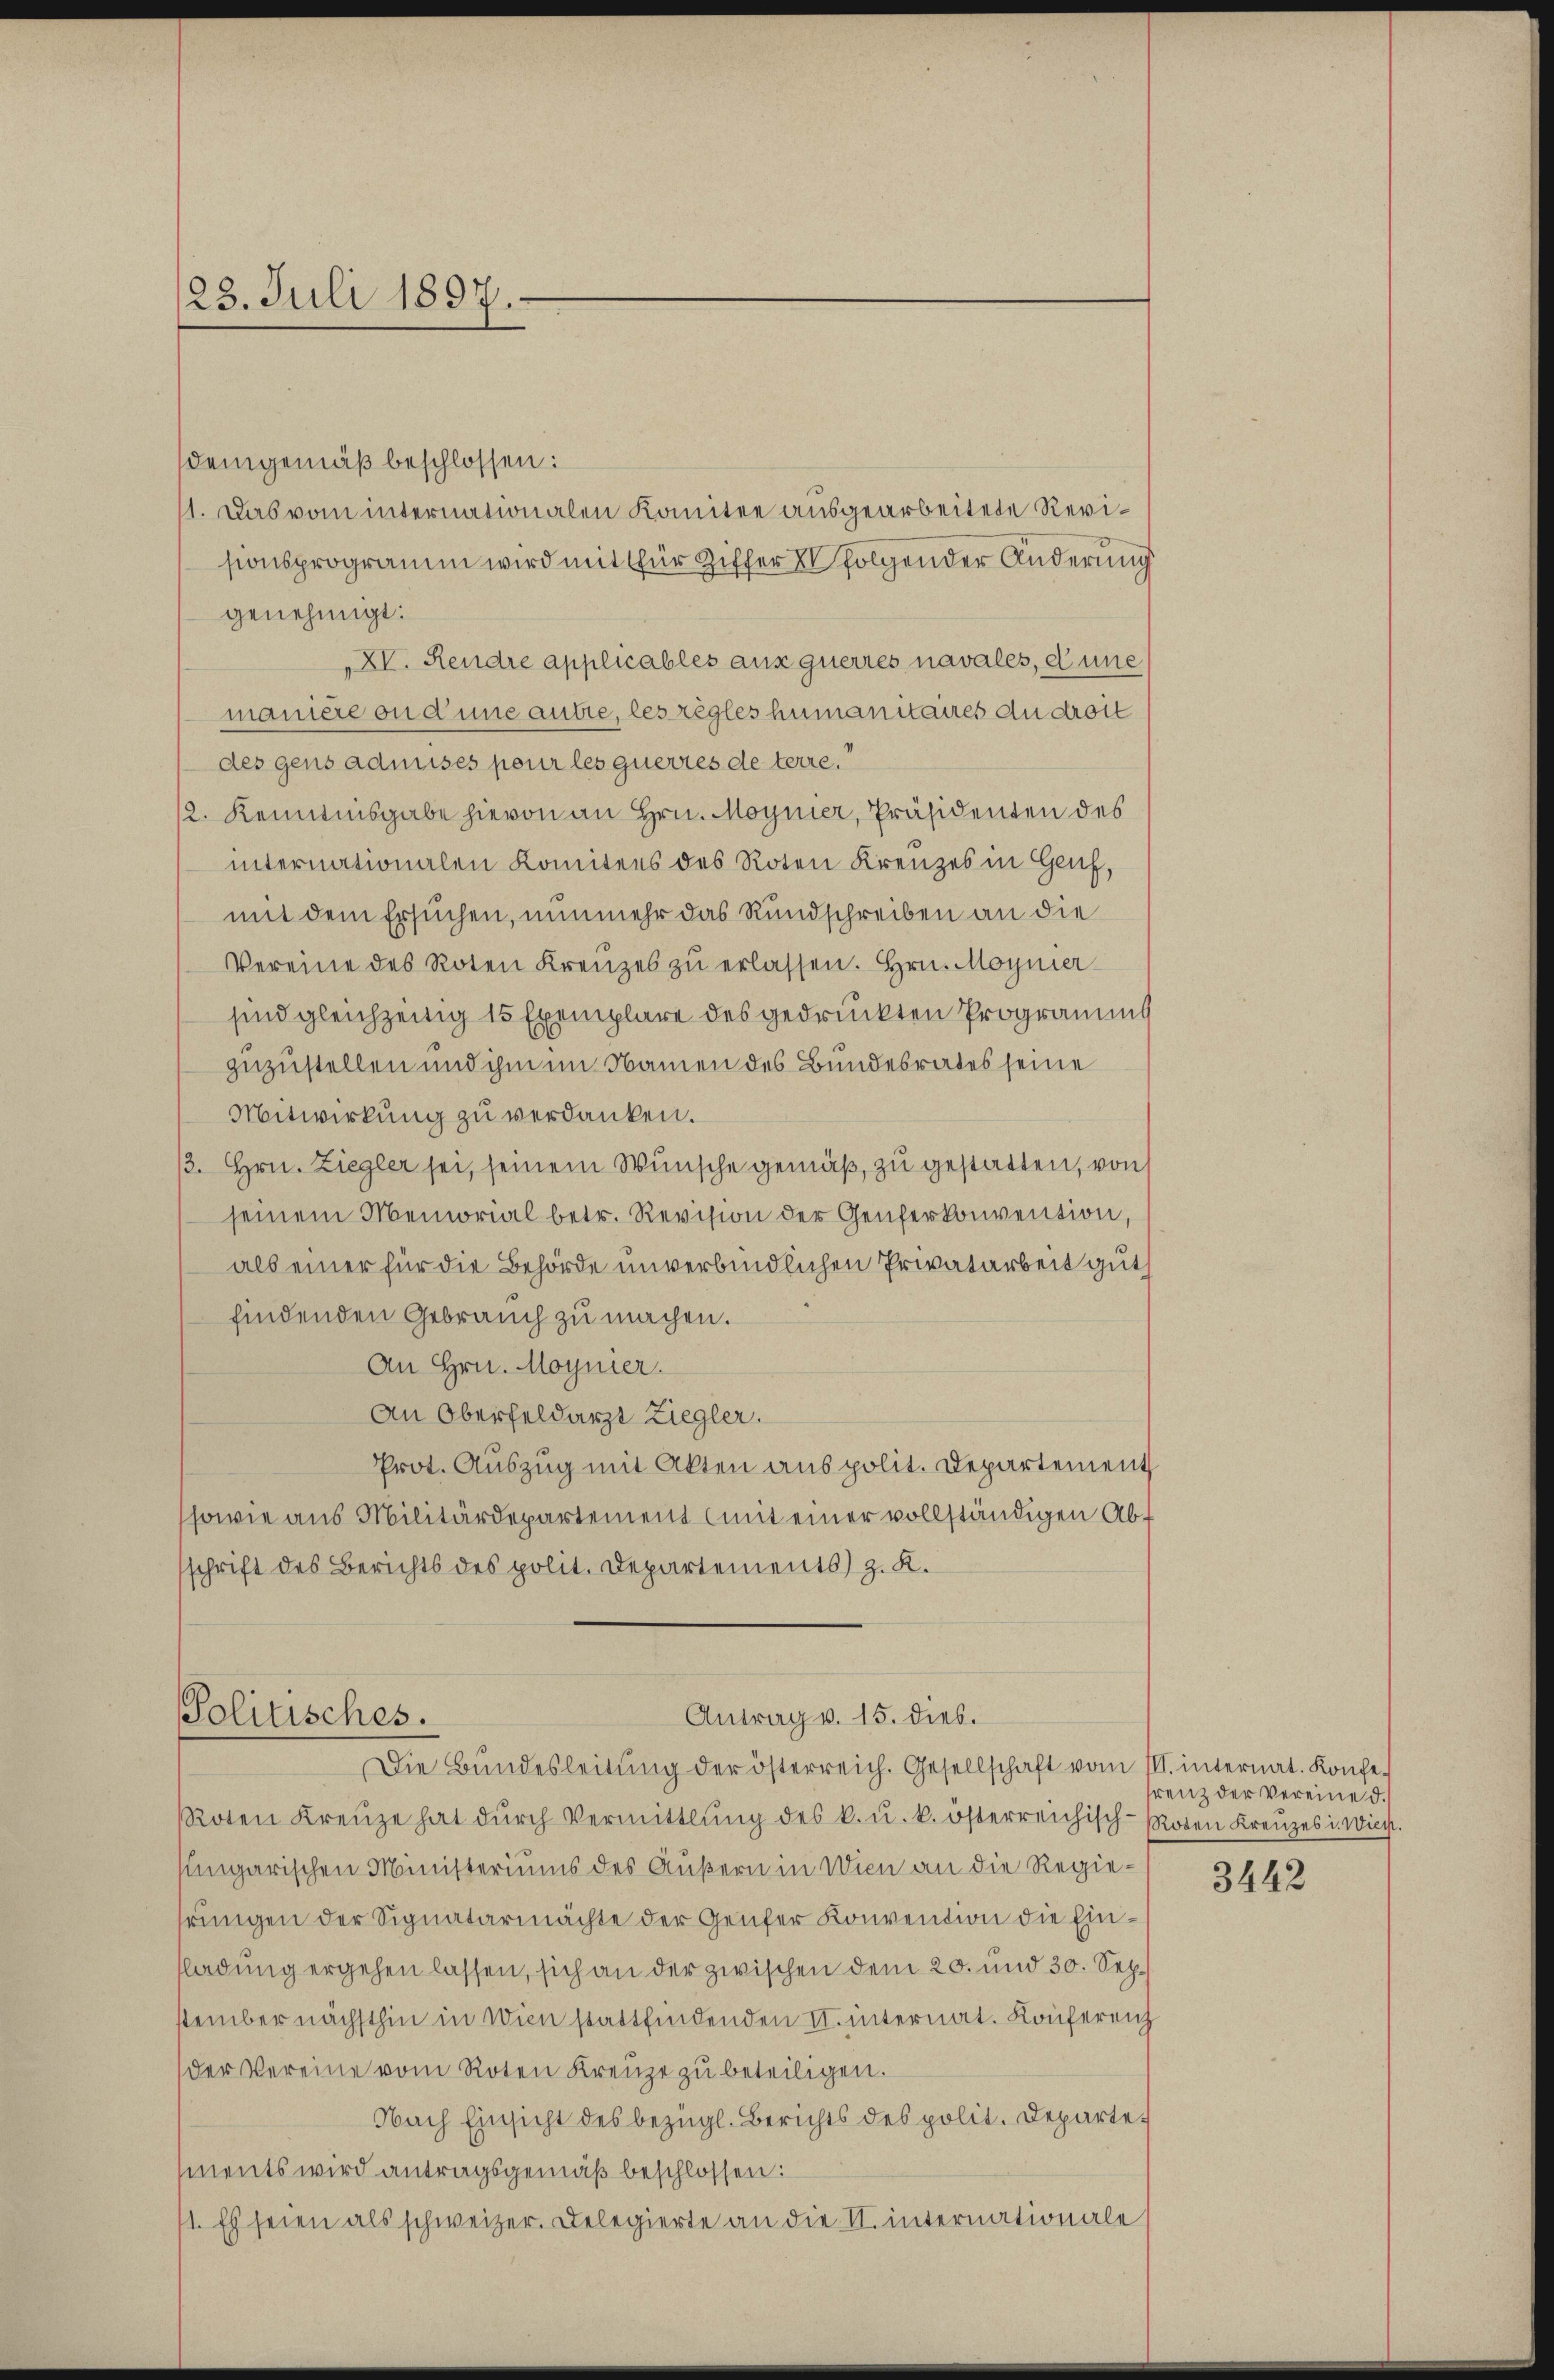
23. Juli 1897.

demgemäß beschlossen:
11. Das vom internationalen Komitee ausgearbeitete Revisionsprogramm wird mit für Ziffer folgen der Änderung
genehmigt:
XV. Rendre applicables aus querres navales, eine
manière ou d’une autre, les règles humanitaires du droit
des gens admises pour les querres de terre.
2. Kenntnisgabe hievon an Hrn. Moynier, Präsidenten des
internationalen Komitees des Roten Kreuzes in Genf,
mit dem Ersuchen, nunmehr das Rundschreiben an die
Vereine des Roten Kreuzes zŭ erlassen. Hrn. Moyner-
sind gleichzeitig 15 Exemplare des gedruckten Programms
zuzustellen und ihm im Namen des Bundesrates seine
Mitwirkung zu verdanken.
/3. Hrn. Ziegler sei, seinem Wunsche gemäß, zu gestatten, von
seinem Memorial betr. Revision der Genferkonvention,
als einer für die Behörde unverbindlichen Privatarbeit gut
findenden Gebrauch zu machen.
An Hrn. Moynier.
An Oberfeldarzt Ziegler.
Prot. Auszug mit Akten aus polit. Departement
sowie aus Militärdepartement (mit einer vollständigen Abschrift des Berichts des polit. Departements) z. K.

Politisches.
Antrag v. 15. dies.

Die Bundesleitung der österreich. Gesellschaft vom III. internat. Konfe-
Roten Kreŭze hat dŭrch Vermittlung des k. u. k. österreichisch-Roten Kreuzes i. Wies.
sungarischen Ministeriums des Äußern in Wien an die Regiehrungen der Signatarmachte der Genfer Konvention die Einfladung ergehen lassen, sich an der zwischen dem 20. und 30. Sep.
stember nächsthin in Wien stattfindenden II. internat. Konferenz
der Vereine vom Roten Kreuze zu beteiligen.
Nach Einsicht des bezügl. Berichts des polit. Departements wird antragsgemäß beschlossen:
1. Es seien als schweizer. Delegierte an die II. internationale

renz der Vereine d.

3442